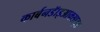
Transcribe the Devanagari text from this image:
कार्बनडॅाइआक्साइड